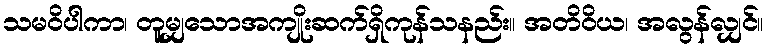
သမဝိပါကာ၊ တူမျှသောအကျိုးဆက်ရှိကုန်သနည်း။ အတိဝိယ၊ အလွန်လျှင်။